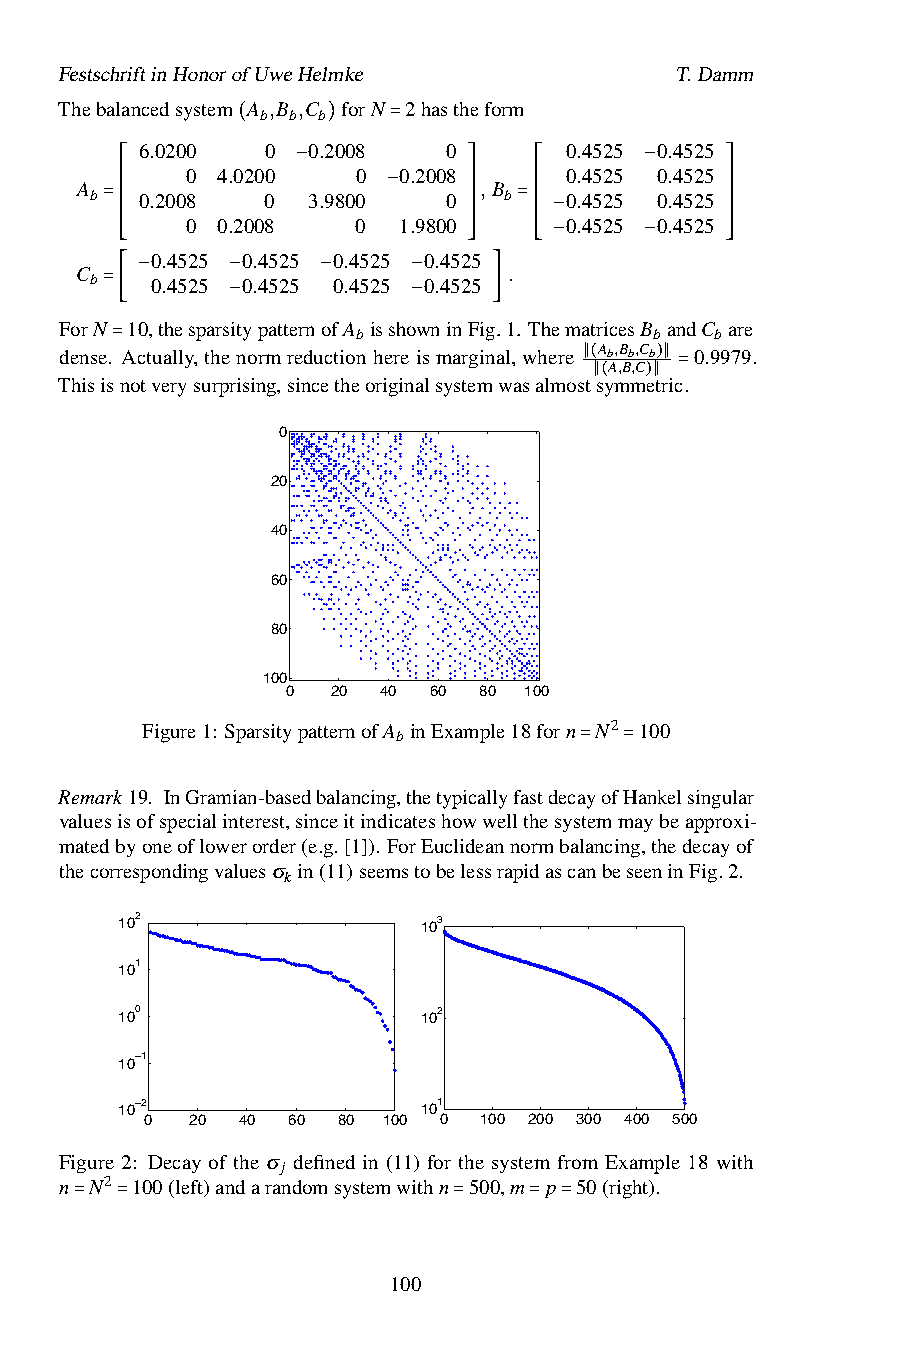
FestschriftinHonorofUweHelmke            T.Damm
 Thebalancedsystem A ,B ,C forN 2hastheform
 b b b
 6.0200 ( 0 0.2)008 = 0      0.4525 0.4525
 0 4.0200    0 0.2008     0.4525 0.4525
 A b ⎡ ⎢ 0.2008 0 −3.9800 0 ⎤ ⎥,B b ⎡ ⎢ 0.4525 −0.4525 ⎤ ⎥
 ⎢                      ⎥   ⎢            ⎥
 ⎢   0 0.2008    0 −1.9800 ⎥ ⎢ 0.4525 0.4525 ⎥
 =⎢                      ⎥  =⎢            ⎥
 ⎢                      ⎥   ⎢ −          ⎥
 ⎢ 0.4525 0.4525 0.4525 0.452⎥5 ⎢        ⎥
 C b ⎢ ⎣ 0.4525 0.4525 0.4525 0.452⎥ ⎦ 5 . ⎢ ⎣ − − ⎥ ⎦
 −     −     −     −
 =[                        ]
 ForN 10,thespars−itypatternofA bissho−wninFig.1. ThematricesB bandC bare
 dense. Actually,thenormreductionhereismarginal,where
 Ab,Bb,Cb
 0.9979.
 =
 A,B,C
 Thisisnotverysurprising,sincetheoriginalsystemwasalmos∥t(symmet)r∥ic.
 ∥(  )∥ =
 0
 20
 40
 60
 80
 100
 0  20 40 60  80 100
 nz = 1218
 Figure1: SparsitypatternofA inExample18forn N2 100
 b
 =  =
 Remark19. InGramian-basedbalancing,thetypicallyfastdecayofHankelsingular
 valuesisofspecialinterest,sinceitindicateshowwellthesystemmaybeapproxi-
 matedbyoneoflowerorder(e.g.[1]). ForEuclideannormbalancing,thedecayof
 thecorrespondingvaluesσ in(11)seemstobelessrapidascanbeseeninFig.2.
 k
 102                 103
 101
 100                 102
 10−1
 10−2                101
 0  20 40 60 80 100 0  100 200 300 400 500
 Figure 2: Decay of the σ defined in (11) for the system from Example 18 with
 j
 n N2 100(left)andarandomsystemwithn 500,m p 50(right).
 =  =                     =    = =
 100